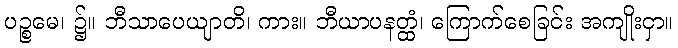
ပဉ္စမေ၊ ၌။ ဘီသာပေယျာတိ၊ ကား။ ဘီယာပနတ္ထံ၊ ကြောက်စေခြင်း အကျိုးငှာ။